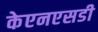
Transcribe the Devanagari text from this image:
केएनएसडी